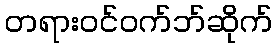
တရားဝင်ဝက်ဘ်ဆိုက်